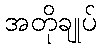
အတိုချုပ်